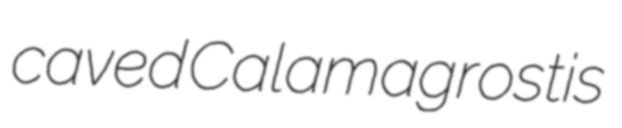
caved Calamagrostis